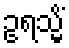
ဥရသ္မိံ